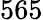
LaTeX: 565